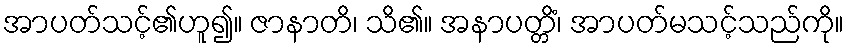
အာပတ်သင့်၏ဟူ၍။ ဇာနာတိ၊ သိ၏။ အနာပတ္တိံ၊ အာပတ်မသင့်သည်ကို။